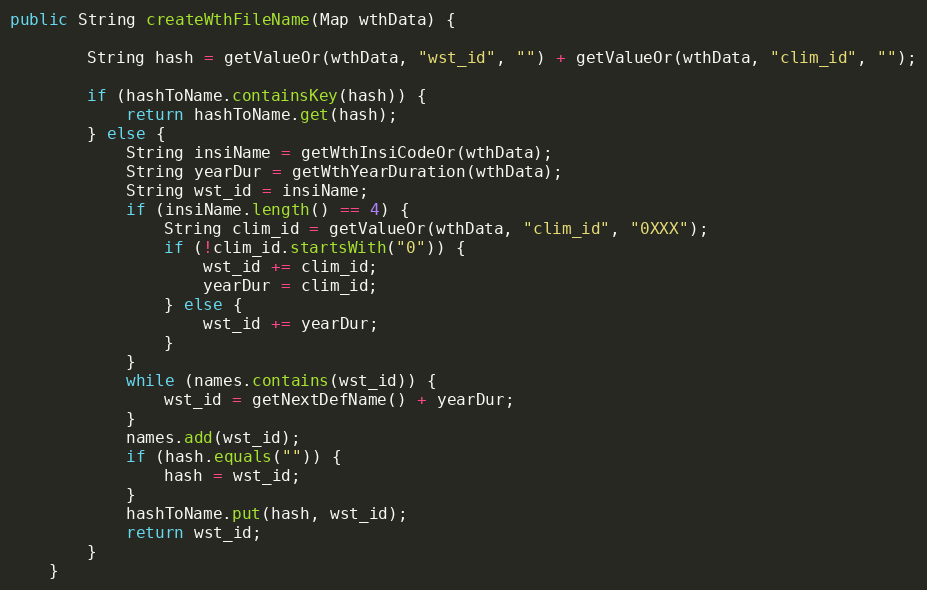
Language: Java
public String createWthFileName(Map wthData) {

        String hash = getValueOr(wthData, "wst_id", "") + getValueOr(wthData, "clim_id", "");

        if (hashToName.containsKey(hash)) {
            return hashToName.get(hash);
        } else {
            String insiName = getWthInsiCodeOr(wthData);
            String yearDur = getWthYearDuration(wthData);
            String wst_id = insiName;
            if (insiName.length() == 4) {
                String clim_id = getValueOr(wthData, "clim_id", "0XXX");
                if (!clim_id.startsWith("0")) {
                    wst_id += clim_id;
                    yearDur = clim_id;
                } else {
                    wst_id += yearDur;
                }
            }
            while (names.contains(wst_id)) {
                wst_id = getNextDefName() + yearDur;
            }
            names.add(wst_id);
            if (hash.equals("")) {
                hash = wst_id;
            }
            hashToName.put(hash, wst_id);
            return wst_id;
        }
    }